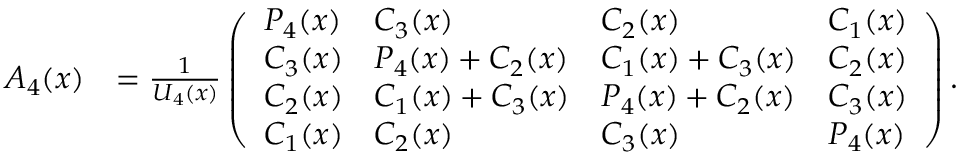
\begin{array} { r l } { A _ { 4 } ( x ) } & { = \frac { 1 } { U _ { 4 } ( x ) } \left( \begin{array} { l l l l } { { P _ { 4 } ( x ) } } & { { C _ { 3 } ( x ) } } & { { C _ { 2 } ( x ) } } & { { C _ { 1 } ( x ) } } \\ { { C _ { 3 } ( x ) } } & { { P _ { 4 } ( x ) } + { C _ { 2 } ( x ) } } & { { C _ { 1 } ( x ) } + { C _ { 3 } ( x ) } } & { { C _ { 2 } ( x ) } } \\ { { C _ { 2 } ( x ) } } & { { C _ { 1 } ( x ) } + { C _ { 3 } ( x ) } } & { { P _ { 4 } ( x ) } + { C _ { 2 } ( x ) } } & { { C _ { 3 } ( x ) } } \\ { { C _ { 1 } ( x ) } } & { { C _ { 2 } ( x ) } } & { { C _ { 3 } ( x ) } } & { { P _ { 4 } ( x ) } } \end{array} \right) . } \end{array}